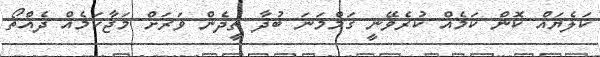
ކަލެޔައް ކޮން ކަމެއް ކުރެވޭނީ ގަމްމަނަ ބުދާ ތީދެން ވަރަށް މަޖާކަމެއް ދެއްތޯ